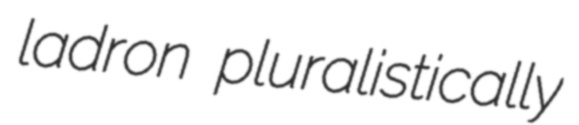
ladron pluralistically